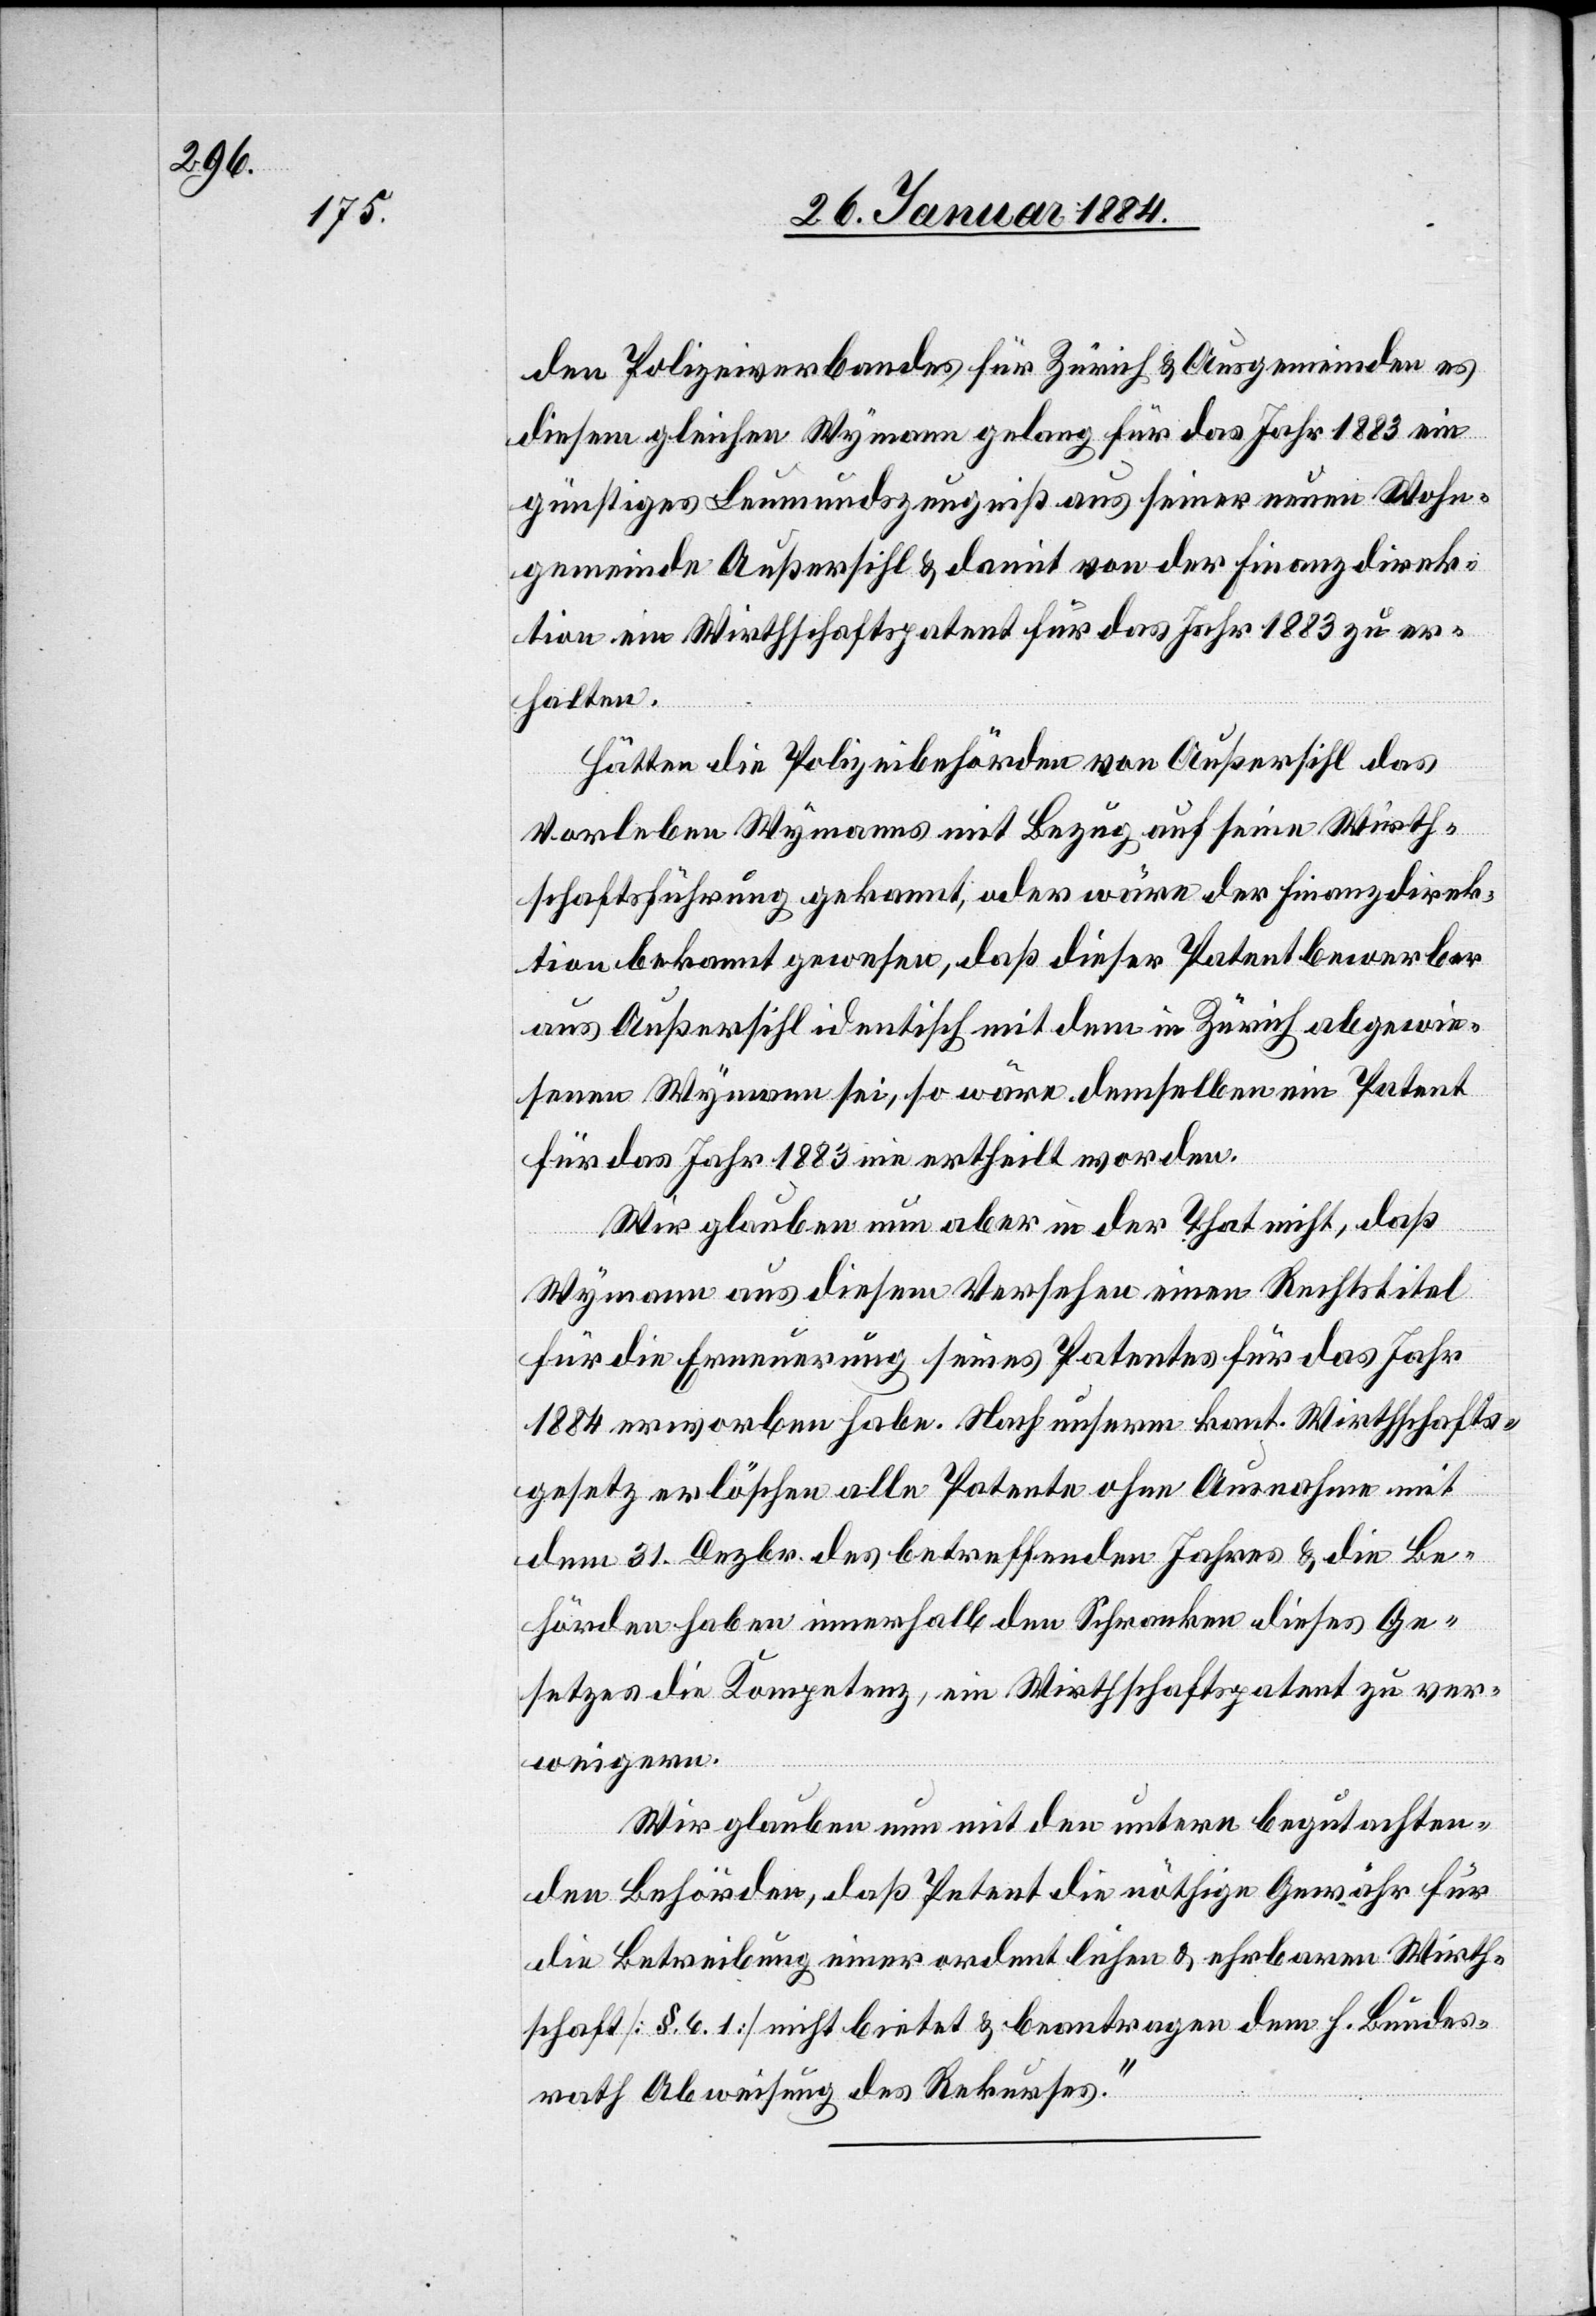
den Polizeiverbandes für Zürich & Ausgemeinden es
diesem gleichen Wymann gelang für das Jahr 1883 ein
günstiges Leumundszeugniß aus seiner neuen Wohn¬
gemeine Außersihl & damit von der Finanzdirek¬
tion ein Wirthschaftspatent für das Jahr 1883 zu er¬
halten.
Hätten die Polizeibehörden von Außersihl das
Vorleben Wymanns mit Bezug auf seine Wirt¬
schaftsführung gekannt, oder wäre der Finanzdirek¬
tion bekannt gewesen, daß dieser Patentbewerber
aus Außersihl identisch mit dem in Zürich abgewie¬
senen Wymann sei, so wäre demselben ein Patent
für das Jahr 1883 nie ertheilt worden.
Wir glauben nun aber in der That nicht, daß
Wymann aus diesem Versehen einen Rechtstitel
für die Erneuerung seines Patents für das Jahr
1884 erworben habe. Nach unserm Kant. Wirthschafts¬
gesetz erlöschen alle Patente ohne Ausnahme mit
dem 31. Dezbr. des betreffenden Jahres & die Be¬
hörden haben innerhalb der Schranken dieses Ge¬
setzes die Kompetenz, ein Wirtschafspatent zu ver¬
weigern.
Wir glauben nun mit den untern begutachten¬
den Behörden, daß Petent die nöthige Gewähr für
die Betreibung einer ordentlichen & ehrbaren Wirt¬
schaft [§ 6. 1] nicht bietet & beantragen dem h. Bundes¬
rath Abweisung des Rekurses.“